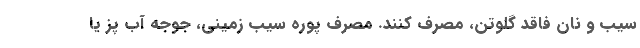
سیب و نان فاقد گلوتن، مصرف کنند. مصرف پوره سیب زمینی، جوجه آب پز یا